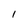
Character: 1